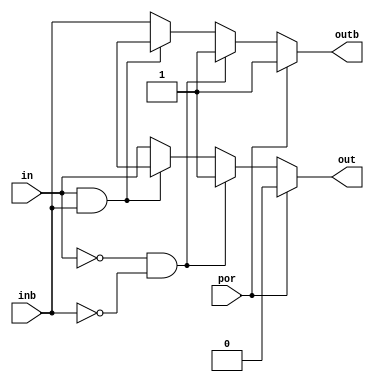
// SPDX-License-Identifier: Apache-2.0
// Copyright (C) 2019 Intel Corporation. All rights reserved
// Library - aibcr_lib, Cell - aibcr3_lvshift_diff, View - schematic

module aibcr3_lvshift_diff ( out, outb, in, inb, por
     );

output  out, outb;


input  in, inb, por;
reg out, outb;
wire NET58 , in_shift , in_shiftb , inb , in_sw , NET59 ;
//no vcc_input, vcc_output and vss tracking as of now.
always @ (in, por, inb)
begin
	if (por == 1'b1)
	begin
		out = 1'b0;
		outb = 1'b1;
	end
	else if (por == 1'b0)
	begin
	     if ( in==1'b0 && inb==1'b0)
		begin
			out = 1'b1;
			outb = 1'b1;
		end
	     else if ( in==1'b1 && inb==1'b1)
		begin
			out = 1'bx;
			outb = 1'bx;
		end	
	     else
		begin	
			out = in;
			outb = inb;	
		end
	end
	else
	begin
		out = 1'bx;
		outb = 1'bx;
	end	
end
endmodule